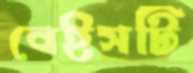
বেইসটি